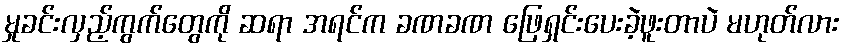
မှုခင်းလှည့်ကွက်တွေကို ဆရာ အရင်က ခဏခဏ ဖြေရှင်းပေးခဲ့ဖူးတာပဲ မဟုတ်လား